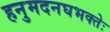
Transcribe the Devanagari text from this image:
हनुमदनघभक्तेः